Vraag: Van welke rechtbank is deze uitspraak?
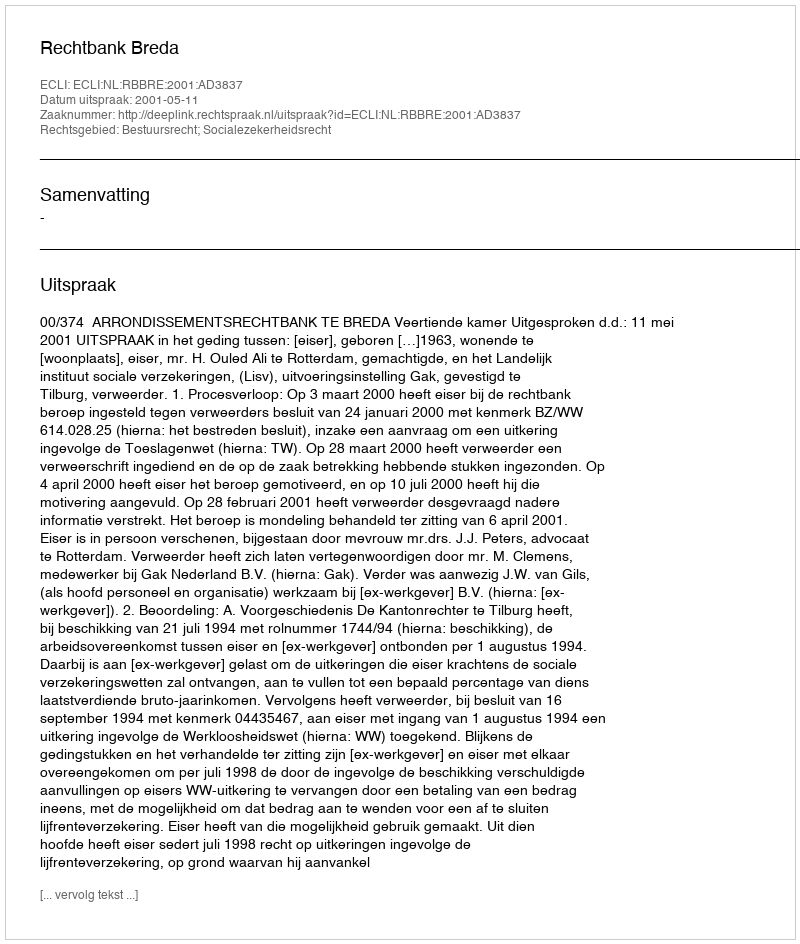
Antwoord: Rechtbank Breda